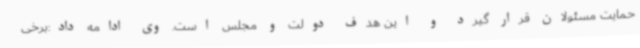
حمایت مسئولان قرار گیرد و این هدف دولت و مجلس است. وی ادامه داد:برخی